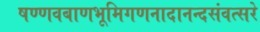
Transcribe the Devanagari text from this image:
षण्णवबाणभूमिगणनादानन्दसंवत्सरे